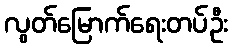
လွတ်မြောက်ရေးတပ်ဦး